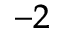
^ { - 2 }